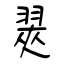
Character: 翜